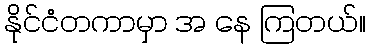
နိုင်ငံတကာမှာ အ နေ ကြတယ်။